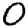
Digit: 0